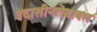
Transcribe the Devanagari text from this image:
उदासीनतेबाबत